Insane asylums in Bengal annual reports 1876-1887 - 1876-1887
Year: 1876
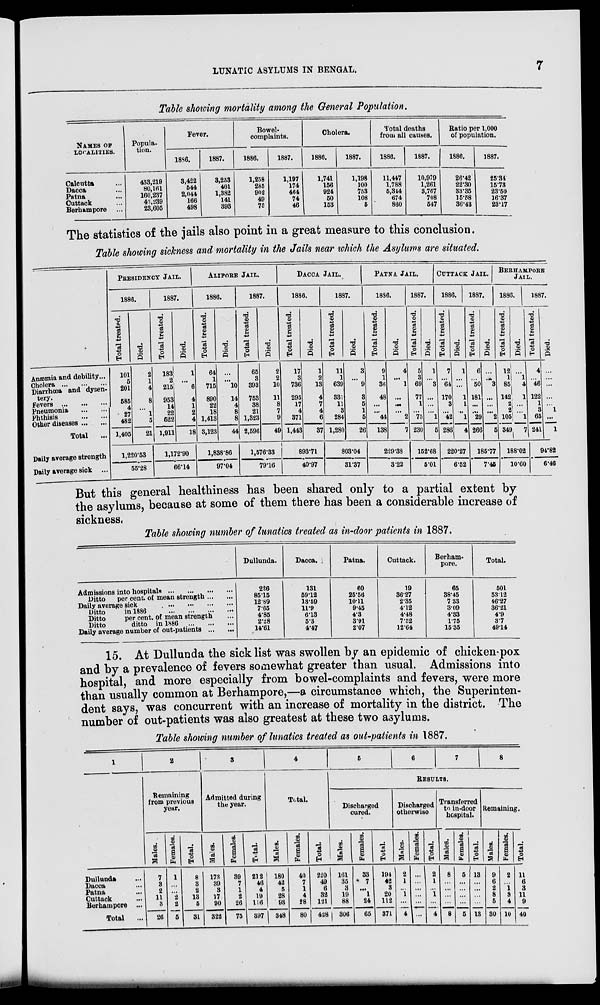
LUNATIC ASYLUMS IN BENGAL.
7
Table showing mortality among the General Population.
NAMES OF
LOCALITIES.
Calcutta ...
Dacca ...
Patna ...
Cuttack ...
Berhampore ...
Popula-
tion.
433,219
80,161
160,237
43,239
23,605
Fever.
1886.
3,422
544
2,044
166
498
1887.
3,253
401
1,382
141
393
Bowel-
complaints.
1886.
1,258
285
902
49
75
1887.
1,197
174
464
74
46
Cholera.
1886.
1,741
156
924
50
153
1887.
1,198
100
753
108
5
Total deaths
from all causes.
1886.
11,447
1,788
5,344
674
860
1887.
10,979
1,261
3,767
708
547
Ratio per 1,000
of population.
1886.
26.42
22.30
33.35
15.58
36.43
1887.
25.34
15.73
23.50
16.37
23.17
The statistics of the jails also point in a great measure to this conclusion.
Table showing sickness and mortality in the Jails near which the Asylums are situated.
Anæmia and debility...
Cholera ...
...
Diarrhœa and dysen-
tery.
Fevers
...
...
...
Pneumonia
...
...
Phthisis
...
...
Other diseases ... ...
Total ...
Daily average strength
Daily average sick ...
PRESIDENCY JAIL.
1886.
Total treated.
101
5
201
585
4
27
482
1,405
Died.
2
1
4
8
...
1
5
21
1,220.53
55.28
1887.
Total treated.
183
2
215
953
14
22
522
1,911
Died.
1
...
6
4
1
2
4
18
1,172.90
66.14
ALIPORE JAIL.
1886.
Total treated.
64
1
715
890
22
18
1,413
3,123
Died.
...
... 10
14
4
8
8
44
1,838.86
97.04
1887.
Total treated.
65
3
393
753
38
21
1,323
2,596
Died.
2
2
10
11
8
7
9
49
1,576.33
79.16
DACCA JAIL.
1886.
Total treated.
17
3
736
295
17
4
371
1,443
Died.
1
2
13
4
7
4
6
37
893.71
40.97
1887.
Total treated.
11
1
639
331
11
3
284
1,280
Died.
3
...
9
3
5
1
5
26
803.04
31.37
PATNA JAIL.
1886.
Total treated.
9
1
36
48
...
... 44
138
Died.
4
... 1
...
...
... 2
7
229.38
3.22
1887.
Total treated.
5
3
69
77
1
... 75
230
Died.
1
...
3
...
...
... 1
5
152.68
5.01
CUTTACK JAIL.
1886.
Total treated.
7
...
64
170
3
... 42
286
Died.
1
...
...
1
1
...
1
4
220.27
6.52
1887.
Total treated.
6
...
50
181
...
...
29
266
Died.
...
...
3
...
...
...
2
5
185.77
7.45
BERHAMPORE
JAIL.
1886.
Total treated.
12
1
85
142
2
2
105
349
Died.
...
1
4
1
...
...
1
7
188.02
10.60
1887.
Total treated.
4
...
46
122
1
3
65
241
Died.
...
...
...
...
...
1
...
1
94.82
6.46
But this general healthiness has been shared only to a partial extent by
the asylums, because at some of them there has been a considerable increase of
sickness.
Table showing number of lunatics treated as in-door patients in 1887.
Admissions into
hospitals
...
...
...
...
Ditto
per cent. of mean strength ... ...
Daily average sick
...
...
...
...
Ditto
in 1886
...
...
...
...
Ditto
per cent. of mean strength ...
Ditto
ditto
in 1886
...
...
...
Daily average number of out-patients
...
...
Dullunda.
226
85.15
12.89
7.65
4.85
2.28
14.61
Dacca.
131
59.12
13.59
11.9
6.13
5.3
4.47
Patna.
60
25.56
10.11
9.45
4.3
3.91
2.07
Cuttack.
19
36.27
2.35
4.12
4.48
7.52
12.64
Berham-
pore.
65
38.45
7.33
3.09
4.33
1.75
15.35
Total.
501
53.12
46.27
36.21
4.9
3.7
49.14
15. At Dullunda the sick list was swollen by an epidemic of chicken-pox
and by a prevalence of fevers somewhat greater than usual. Admissions into
hospital, and more especially from bowel-complaints and fevers, were more
than usually common at Berhampore,—a circumstance which, the Superinten-
dent says, was concurrent with an increase of mortality in the district. The
number of out-patients was also greatest at these two asylums.
Table showing number of lunatics treated as out-patients in 1887.
1
Dullunda ...
Dacca ...
Patna ...
Cuttack ...
Berhampore ...
Total ...
2
Remaining
from previous
year.
Males.
7
3
2
11
3
26
Females.
1
...
... 2
2
5
Total.
8
3
2
13
5
31
3
Admitted during
the year.
Males.
173
39
3
17
90
322
Females.
39
7
1
2
26
75
Total.
212
46
4
19
116
397
4
Total.
Males.
180
42
5
28
93
348
Females.
40
7
1
4
28
80
Total.
220
49
6
32
121
428
5
6
7
8
RESULTS.
Discharged
cured.
Males.
161
35
3
19
88
306
Females.
33
7
... 1
24
65
Total.
194
42
3
20
112
371
Discharged
otherwise.
Males.
2
1
... 1
...
4
Females.
...
...
...
...
...
...
Total.
2
1
... 1
...
4
Transferred
to in-door
hospital.
Males.
8
...
...
...
...
8
Females.
5
...
...
...
...
5
Total.
13
...
...
...
...
13
Remaining.
Males.
9
6
2
8
5
30
Females.
2
...
1
3
4
10
Total.
11
6
3
11
9
40